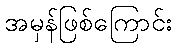
အမှန်ဖြစ်ကြောင်း